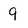
Character: 9